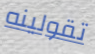
تقولينه